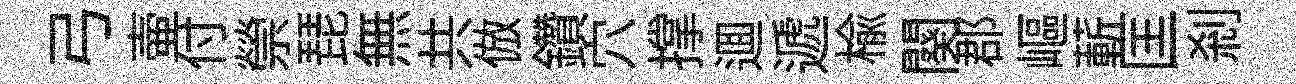
弓壷付禜琵無共倣鑽穴撑逥遞楡闋郡嶇蔪匡刹